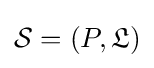
{\mathcal {S}}=(P,{\mathfrak {L}})